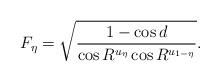
LaTeX: \begin{align*}F_\eta=\sqrt{\frac{1-\cos d}{\cos R^{u_{\eta}} \cos R^{u_{1-\eta}}}}.\end{align*}